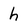
Character: h